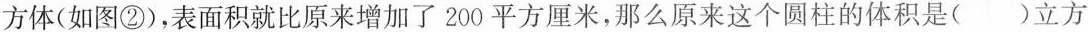
方体（如图②），表面积就比原来增加了200平方厘米，那么原来这个圆柱的体积是（ ）立方